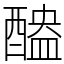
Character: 醠